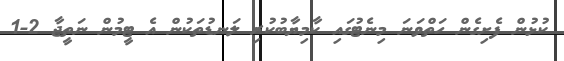
ކުޅުން ފެށިގެން ހަތްވަނަ މިނެޓުގައި ކާމިޔާބުކުރި ލަނޑުތަކުން އެ ޓީމުން ނަތީޖާ 2-1